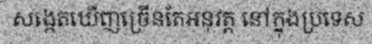
សង្កេតឃើញច្រើនតែអនុវត្ត នៅក្នុងប្រទេស